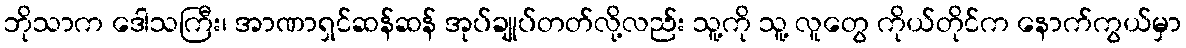
ဘိုသာက ဒေါသကြီး၊ အာဏာရှင်ဆန်ဆန် အုပ်ချုပ်တတ်လို့လည်း သူ့ကို သူ့ လူတွေ ကိုယ်တိုင်က နောက်ကွယ်မှာ